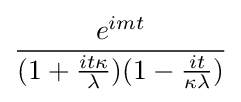
{\frac {e^{imt}}{(1+{\frac {it\kappa }{\lambda }})(1-{\frac {it}{\kappa \lambda }})}}